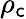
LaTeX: \rho_{\mathsf{c}}